Annual administration report of the Civil Veterinary Department of India - 1902-1903
Year: 1902
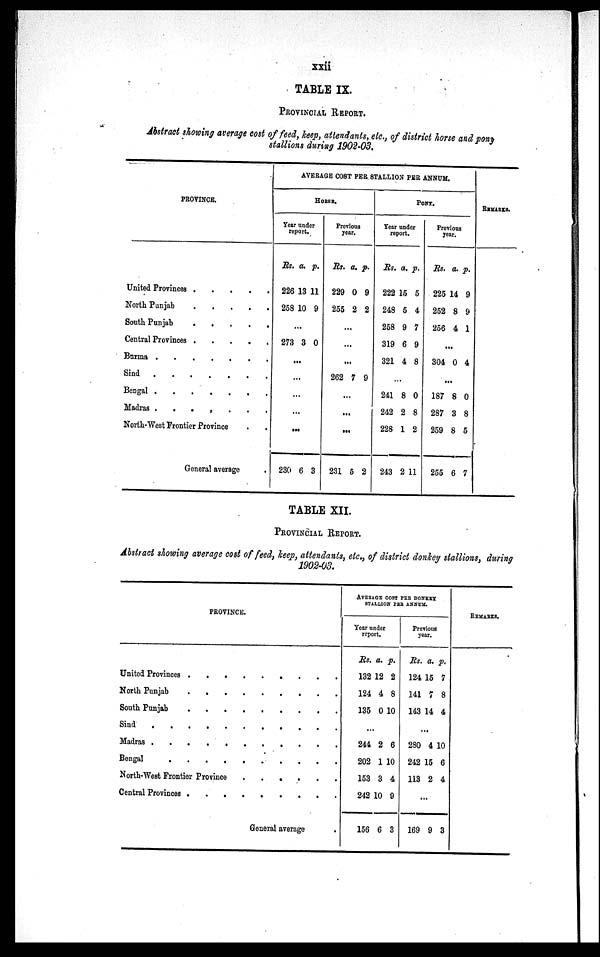
xxii
TABLE IX.
PROVINCIAL REPORT.
Abstract showing average cost of feed, keep, attendants, etc., of district horse and pony
stallions during 1902-03.
PROVINCE.
United Provinces . . . . .
North Punjab
.
.
.
.
.
South Punjab
.
.
.
.
.
Central Provinces .
.
.
.
.
Burma
.
.
.
.
.
.
.
Sind .
.
.
.
.
.
Bengal . . . . . . . .
Madras .
.
.
.
.
.
.
North-West Frontier Province . .
General average
AVERAGE COST PER STALLION PER ANNUM.
HORSE.
Year under
report.
Rs.
226
258
a.
13
10
p.
11
9
...
273 3 0
...
...
...
...
...
230 6 3
Previous
year.
Rs.
229
255
a.
0
2
p.
9
2
...
...
...
262 7 9
...
...
...
231 5 2
PONY.
Year under
report.
Rs.
222
248
258
319
321
a. p
15
5
9
6
4
.
5
4
7
9
8
...
241
242
228
243
8
2
1
2
0
8
2
11
Previous
year.
Rs.
225
252
256
a.
14
8
4
p.
9
9
1
...
304 0 4
...
187
287
259
255
8
3
8
6
0
8
5
7
REMARKS.
TABLE XII.
PROVINCIAL REPORT.
Abstract showing average cost of feed, keep, attendants, etc., of district donkey stallions, during
1902-03.
PROVINCE.
United Provinces . . . . .
North Punjab . . . . .
South Punjab . . . . .
Sind . . . . . .
Madras . . . . . . .
Bengal . . . . . . . .
North-West Frontier Province
.
.
Central Provinces . . . . .
General average .
AVERAGE COST PER DONKEY
STALLION PER ANNUM.
Year under
report.
Rs.
132
124
135
a.
12
4
0
p.
2
8
10
...
244
202
153
242
156
2
1
3
10
6
6
10
4
9
3
Previous
year.
Rs.
124
141
143
a.
15
7
14
p.
7
8
4
...
280
242
113
4 1
15
2
0
6
4
...
169 9 3
REMARKS.